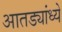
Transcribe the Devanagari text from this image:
आतड्यांध्ये